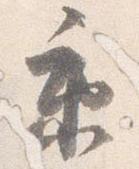
京